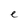
Character: e